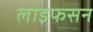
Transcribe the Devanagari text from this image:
लाइफसन